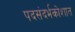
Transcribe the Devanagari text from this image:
पदसंदर्भकोशात